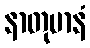
နာတုမာနံ